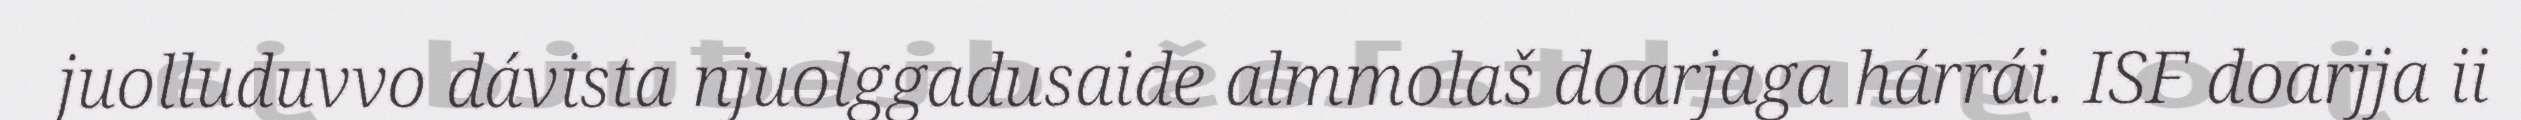
juolluduvvo dávista njuolggadusaide almmolaš doarjaga hárrái. ISF doarjja ii